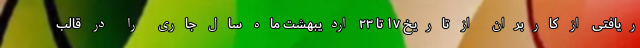
ریافتی از کاربران از تاریخ ۱۷ تا ۲۳ اردیبهشت ماه سال جاری را در قالب